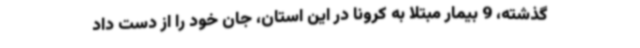
گذشته، 9 بیمار مبتلا به کرونا در این استان، جان خود را از دست داد